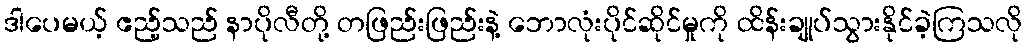
ဒါပေမယ့် ဧည့်သည် နာပိုလီတို့ တဖြည်းဖြည်းနဲ့ ဘောလုံးပိုင်ဆိုင်မှုကို ထိန်းချုပ်သွားနိုင်ခဲ့ကြသလို